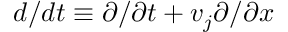
d / d t \equiv \partial / \partial t + { v } _ { j } \partial / \partial x